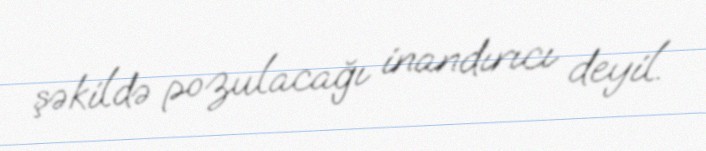
şəkildə pozulacağı inandırıcı deyil.